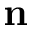
\mathbf { n }